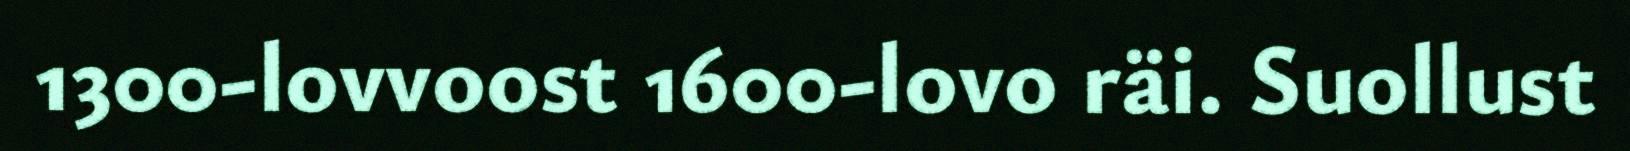
1300-lovvoost 1600-lovo räi. Suollust